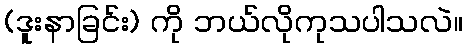
(ဒူးနာခြင်း) ကို ဘယ်လိုကုသပါသလဲ။